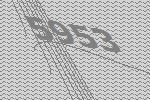
5953